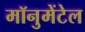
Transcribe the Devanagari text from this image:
मॉनुमेंटेल